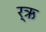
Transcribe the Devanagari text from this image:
र्ऋ